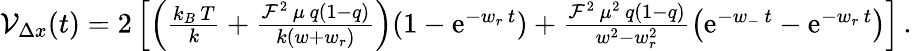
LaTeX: \begin{array}{r}{{\cal V}_{\Delta x}(t)=2\left[\left(\frac{k_{B}\, T}{k}+\frac{{\cal F}^{2}\, \mu\, q(1-q)}{k(w+w_{r})}\right)(1-\mathrm{e}^{-w_{r}\, t})+\frac{{\cal F}^{2}\, \mu^{2}\, q(1-q)}{w^{2}-w_{r}^{2}}\left(\mathrm{e}^{-w_{-}\, t}-\mathrm{e}^{-w_{r}\, t}\right)\right]\, .}\end{array}